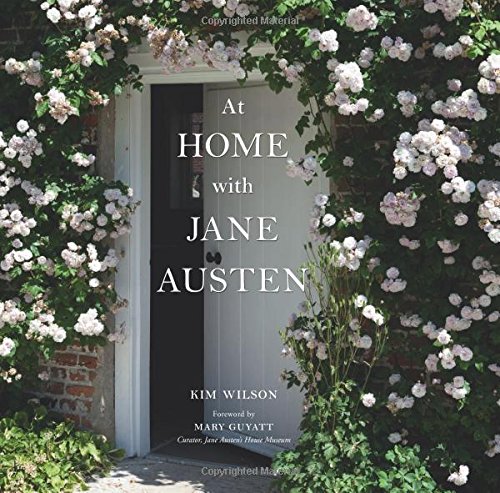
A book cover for At Home with Jane Austen; Kim Wilson; Literature & Fiction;